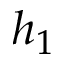
h _ { 1 }